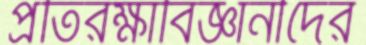
প্রতিরক্ষাবিজ্ঞানীদের